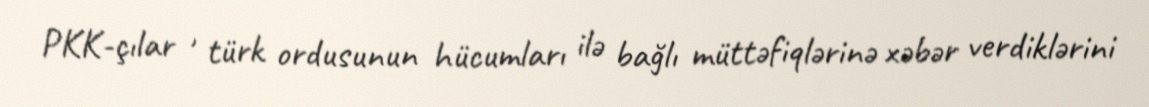
PKK-çılar , türk ordusunun hücumları ilə bağlı müttəfiqlərinə xəbər verdiklərini